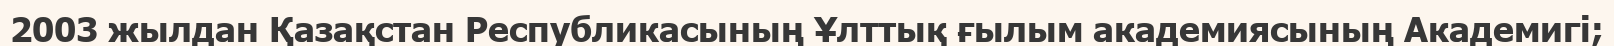
2003 жылдан Қазақстан Республикасының Ұлттық ғылым академиясының Академигі;